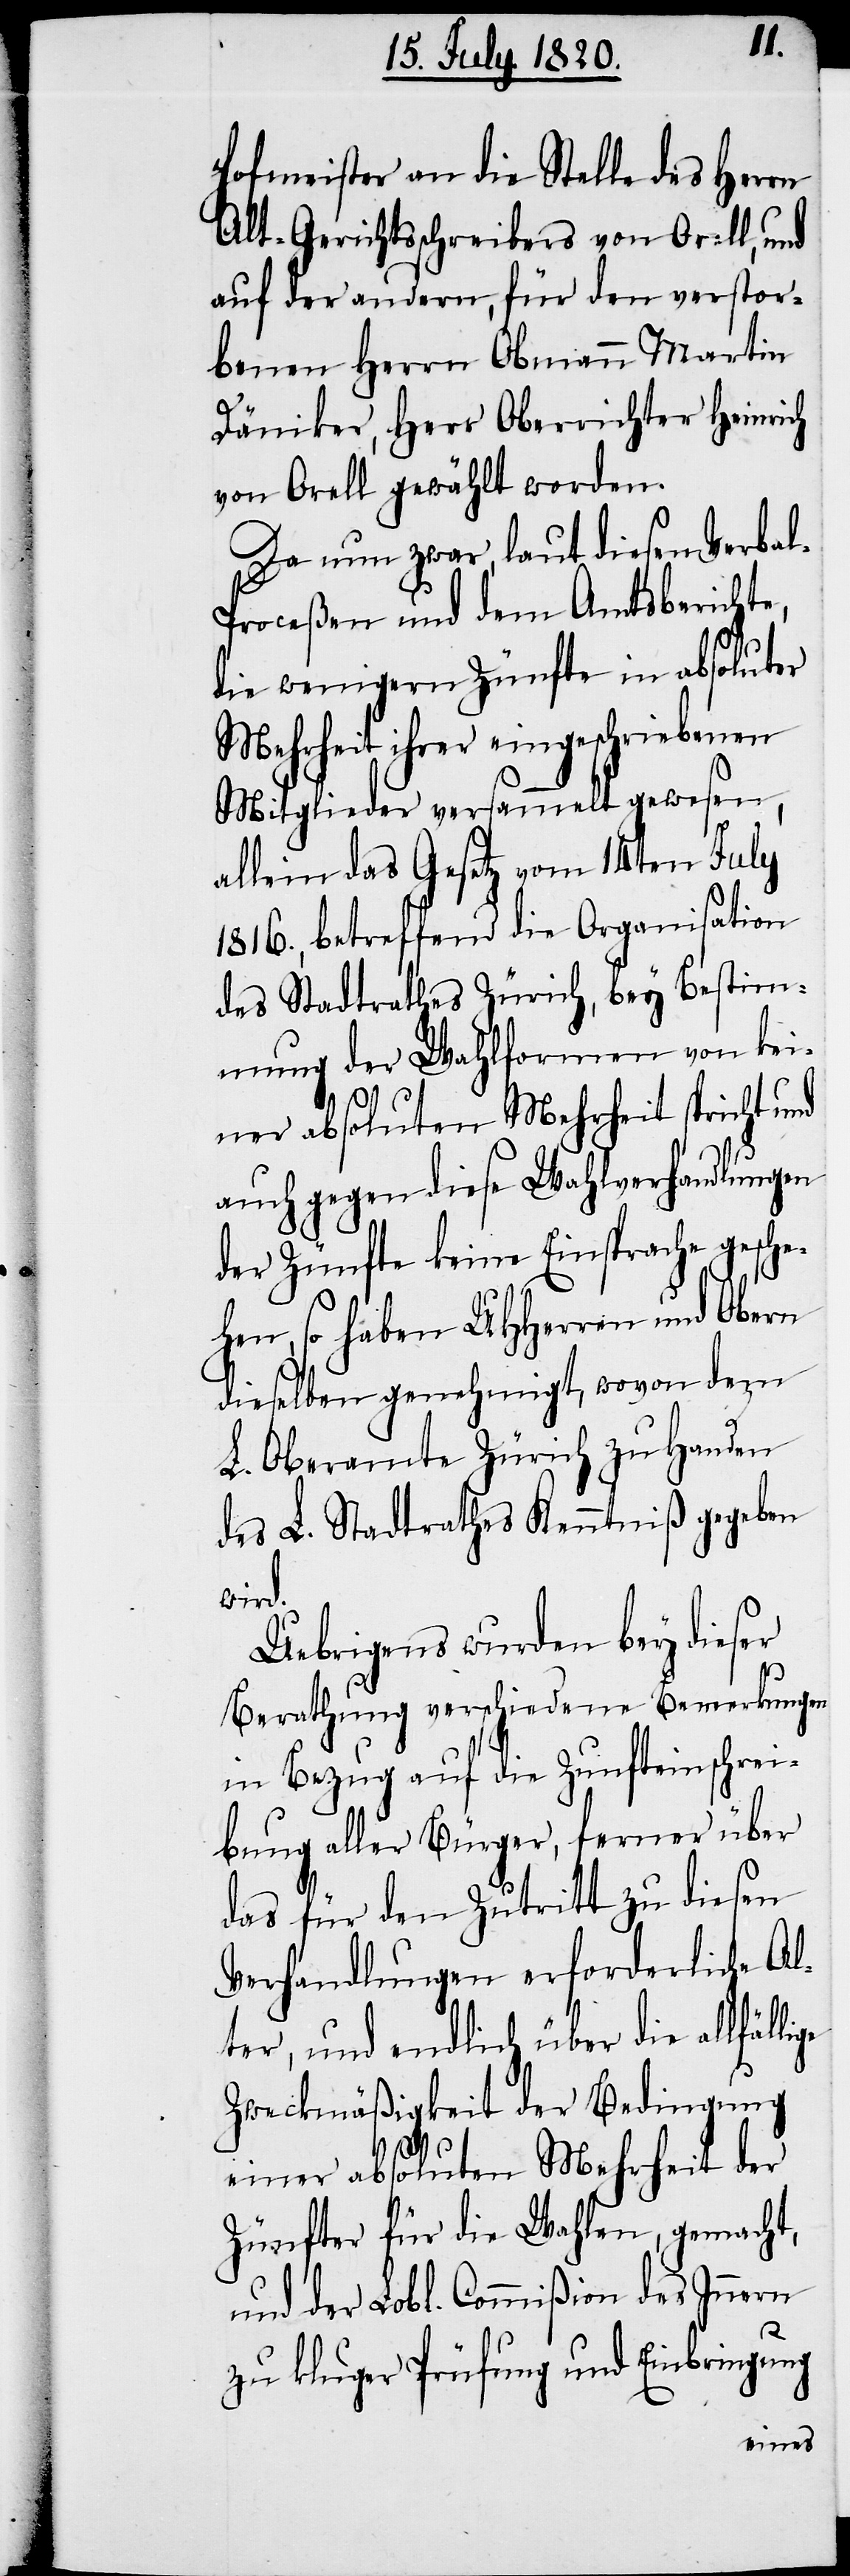
Hofmeister an die Stelle des Herrn
Alt-Gerichtsschreibers von Orell, und
auf der andern, für den verstor¬
benen Herrn Obmann Martin
Däniker, Herr Oberrichter Heinrich
von Orell gewählt worden.
Da nun zwar, laut diesen Verba¬
l-Proceßen und dem Amtsberichte,
die wenigern Zünfte in absoluter
Mehrheit ihrer eingeschriebenen
Mitglieder versammelt gewesen,
allein das Gesetz vom 14ten July
1816., betreffend die Organisation
des Stadtrathes Zürich, bey Bestim¬
mung der Wahlformen von kei¬
ner absoluten Mehrheit spricht und
auch gegen diese Wahlverhandlungen
der Zünfte keine Einsprache gesche¬
hen, so haben UHHerren und Obern
dieselben genehmigt, wovon dem
L. Oberamte Zürich zu Handen
des L. Stadtrathes Kenntniß gegeben
wird.
Uebrigens wurden bey dieser
Berathung verschiedene Bemerkungen
in Bezug auf die Zunfteinschrei¬
bung aller Bürger, ferner über
das für den Zutritt zu diesen
Verhandlungen erforderliche Al¬
ter, und endlich über die allfäl¬
Zweckmäßigkeit der Bedingung
einer absoluten Mehrheit der
Zünfter für die Wahlen, gemacht,
und der Lobl. Commißion des Innern
lige
zu kluger Prüfung und Einbringung